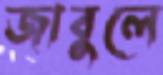
জাবুলে